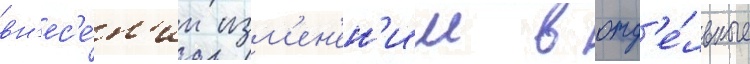
вн'ес'е́н'ии изм'ен'ен'ии в отд'е́льные